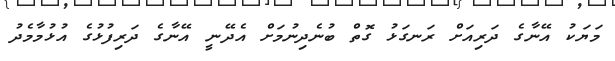
މަޔަކު އޭނާގެ ދަރިއަށް ރަނގަޅު ގޮތް ބުނެދިނުމަށް އެދޭނީ އޭނާގެ ދަރިފުޅުގެ އުޅުމާމެދު